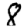
Digit: 8